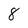
Character: 8